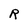
Character: R